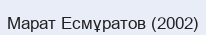
Марат Есмұратов (2002)